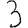
Digit: 3